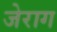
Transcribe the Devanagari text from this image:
जेराग